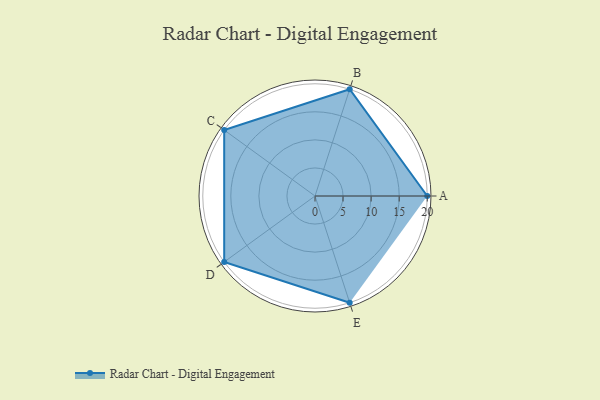
{"axis": {"x": "Skill", "y": "Score"}, "legend": ["Profile"], "data": [{"x": "A", "y": 20, "type": "Profile"}, {"x": "B", "y": 20, "type": "Profile"}, {"x": "C", "y": 20, "type": "Profile"}, {"x": "D", "y": 20, "type": "Profile"}, {"x": "E", "y": 20, "type": "Profile"}]}